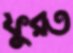
ফুরত